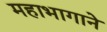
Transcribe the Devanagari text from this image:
महाभागाने